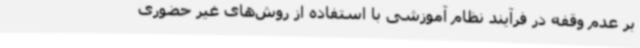
بر عدم وقفه در فرآیند نظام آموزشی با استفاده از روش‌های غیر حضوری